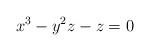
LaTeX: \begin{align*}x^3-y^2z-z=0\end{align*}